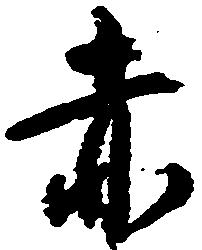
赤